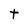
Character: t